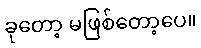
ခုတော့ မဖြစ်တော့ပေ။